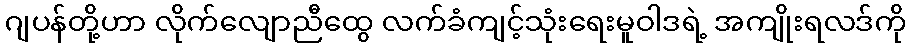
ဂျပန်တို့ဟာ လိုက်လျောညီထွေ လက်ခံကျင့်သုံးရေးမူဝါဒရဲ့ အကျိုးရလဒ်ကို